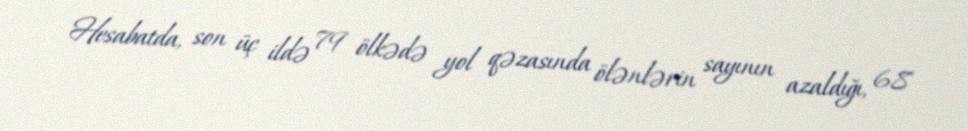
Hesabatda, son üç ildə 79 ölkədə yol qəzasında ölənlərin sayının azaldığı, 68